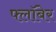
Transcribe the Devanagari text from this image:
फ्लॉबेर